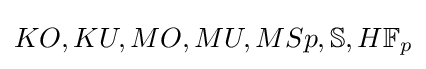
KO,KU,MO,MU,MSp,\mathbb {S} ,H\mathbb {F} _{p}